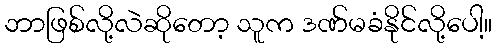
ဘာဖြစ်လို့လဲဆိုတော့ သူက ဒဏ်မခံနိုင်လို့ပေါ့။